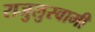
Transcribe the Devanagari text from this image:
राजुलुस्वामी